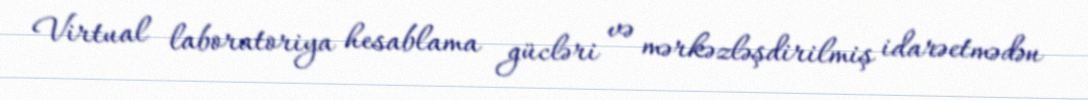
Virtual laboratoriya hesablama gücləri və mərkəzləşdirilmiş idarəetmədən